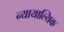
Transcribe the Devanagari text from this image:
न्यायाल्यिक